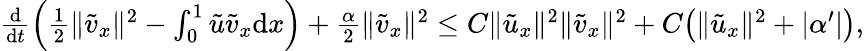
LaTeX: \begin{array}{r}{\frac{\mathrm{d}}{\mathrm{d}t}\Big(\frac 12\| {\tilde{v}}_{x}\| ^{2}-\int_{0}^{1}{\tilde{u}}{\tilde{v}}_{x}{\mathrm{d}x}\Big)+\frac{\alpha}{2}\| {\tilde{v}}_{x}\| ^{2}\le C\| {\tilde{u}}_{x}\| ^{2}\| {\tilde{v}}_{x}\| ^{2}+C\big(\| {\tilde{u}}_{x}\| ^{2}+|\alpha^{\prime}|\big),}\end{array}